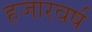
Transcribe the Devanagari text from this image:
हजारवर्ष